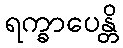
ရက္ခာပေန္တိ